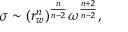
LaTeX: \sigma \sim ( r _ { w } ^ { n } ) ^ { \frac { n } { n - 2 } } \omega ^ { \frac { n + 2 } { n - 2 } } ,